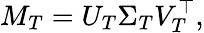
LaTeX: M_{T}=U_{T}\Sigma_{T}V_{T}^{\top},